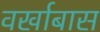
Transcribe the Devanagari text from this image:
वर्खाबास